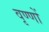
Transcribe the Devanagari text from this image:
वृण्णों